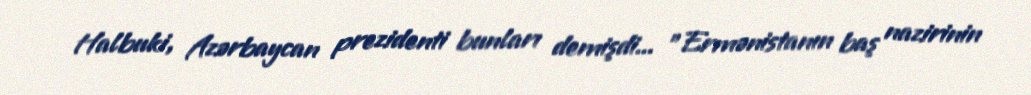
Halbuki, Azərbaycan prezidenti bunları demişdi... "Ermənistanın baş nazirinin